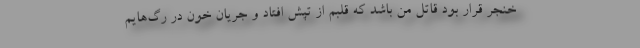
خنجر قرار بود قاتل من باشد که قلبم از تپش افتاد و جریان خون در رگ‌هایم